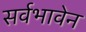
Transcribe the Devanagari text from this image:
सर्वभावेन